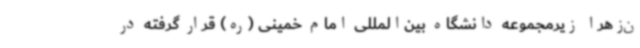
ن‌زهرا زیرمجموعه دانشگاه بین‌المللی امام خمینی (ره) قرار گرفته در